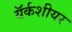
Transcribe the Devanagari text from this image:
यॅर्कशीयर